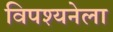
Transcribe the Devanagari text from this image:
विपश्यनेला